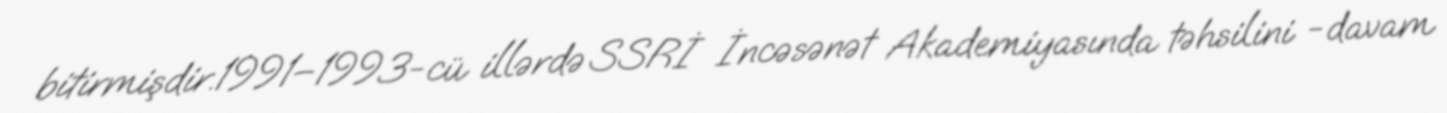
bitirmişdir.1991–1993-cü illərdə SSRİ İncəsənət Akademiyasında təhsilini -davam